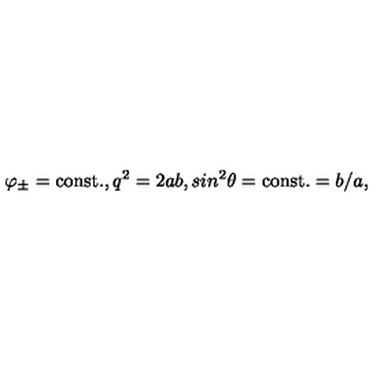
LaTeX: \varphi _ { \pm } = \mathrm { c o n s t . } , q ^ { 2 } = 2 a b , s i n ^ { 2 } \theta = { \mathrm { c o n s t . } } = b / a ,